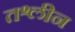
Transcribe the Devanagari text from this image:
तश्लीन